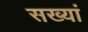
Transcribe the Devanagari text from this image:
सख्यां